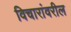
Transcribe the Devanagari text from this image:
विचारांवरील